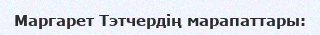
Маргарет Тэтчердің марапаттары: